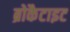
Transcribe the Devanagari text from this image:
ब्रोकैटाइट